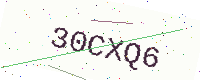
Text: 30CXQ6